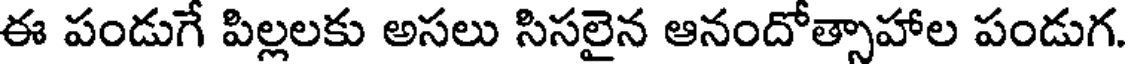
ఈ పండుగే పిల్లలకు అసలు సిసలైన ఆనందోత్సాహాల పండుగ